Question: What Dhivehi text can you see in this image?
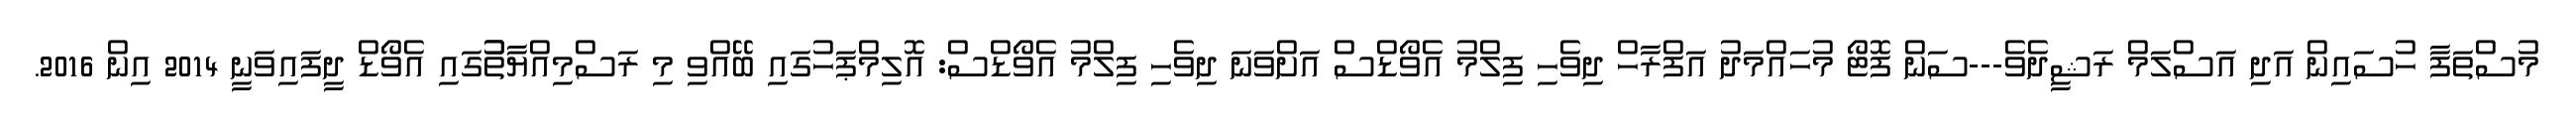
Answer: މުސްތަފާ ހުސައިން އަދި އަސްލަމް ރަޝީދެވެ---ސަން ފޮޓޯ މުހައްމަދު އަފްރާހް ދިވެހި ފިލްމު އެވޯޑްސް އަށްވަނަ ދިވެހި ފިލްމު އެވޯޑްސް: އޮލިމްޕަހުގައި ބޭއްވި މި ރަސްމިއްޔާތުުގައި އެވޯޑް ދީފައިވަނީ 2014 އިން 2016.